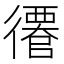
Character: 𢖎